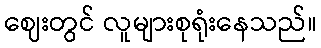
ဈေးတွင် လူများစုရုံးနေသည်။